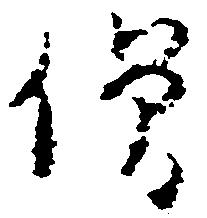
僧